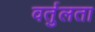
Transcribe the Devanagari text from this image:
वर्तुलता